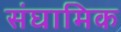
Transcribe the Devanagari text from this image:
संघामिक